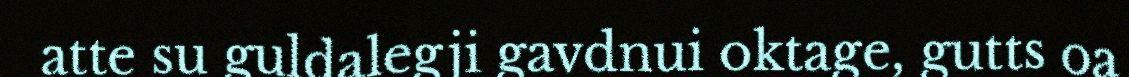
atte su guldalegji gavdnui oktage, gutts oa